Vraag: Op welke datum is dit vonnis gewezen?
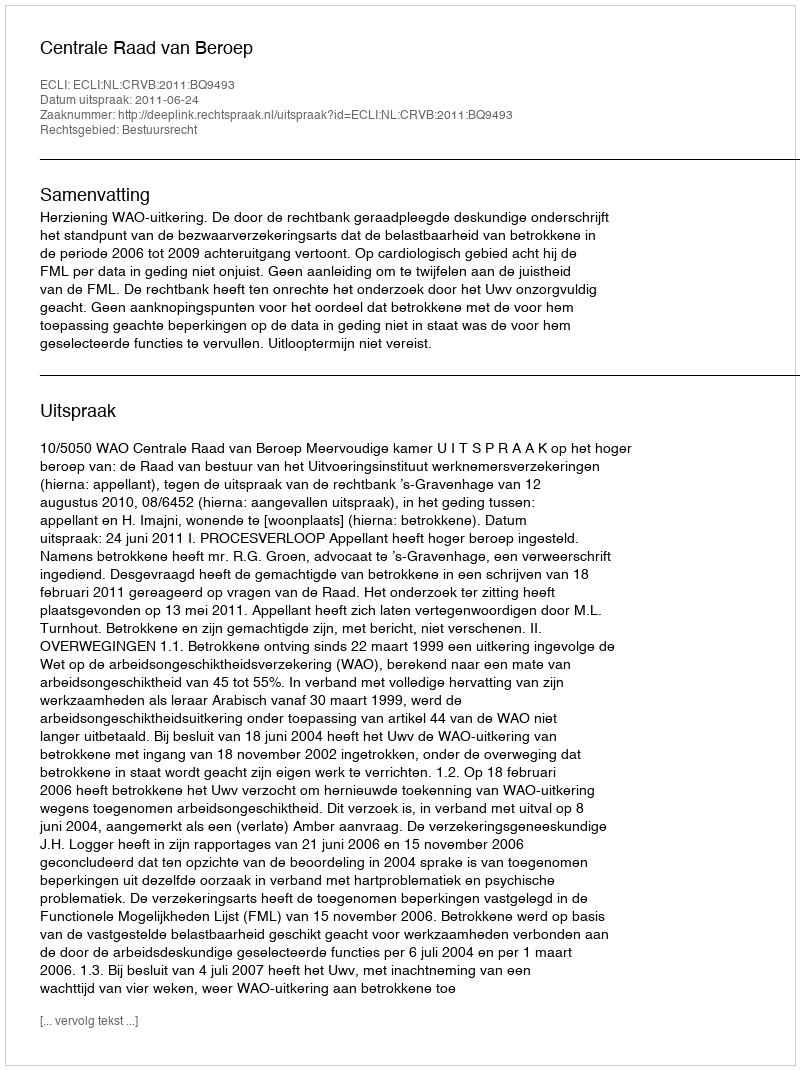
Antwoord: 2011-06-24